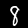
Label: 8